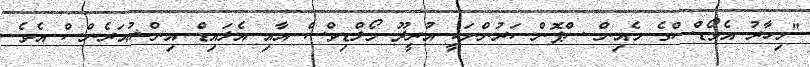
"މިހާރު އެވޯޑްސްގެ މެއިން ސްޕޮންސަރުންނަކީ އުރީދޫ މޯލްޑިވްސް އާއި އެލައިޑް އިންޝުއަރެންސް އެވެ.